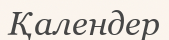
Қалендер